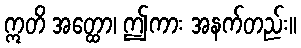
ဣတိ အတ္ထော၊ ဤကား အနက်တည်း။